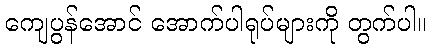
ကျေပွန်အောင် အောက်ပါရုပ်များကို တွက်ပါ။